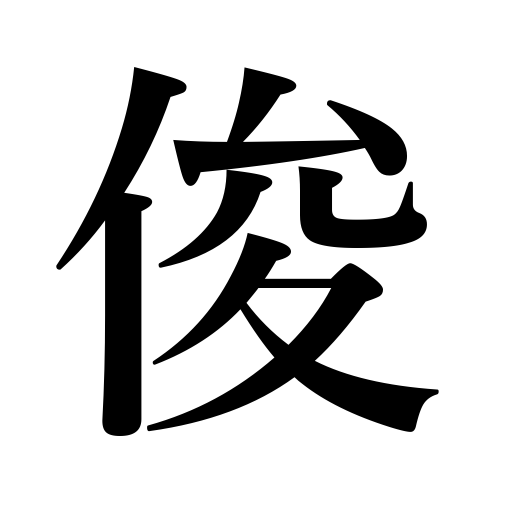
Meanings: genius,excellence